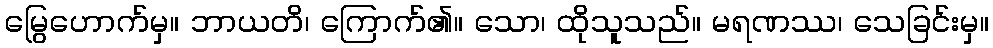
မြွေဟောက်မှ။ ဘာယတိ၊ ကြောက်၏။ သော၊ ထိုသူသည်။ မရဏဿ၊ သေခြင်းမှ။